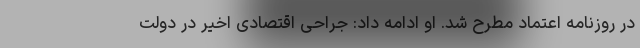
در روزنامه اعتماد مطرح شد. او ادامه داد: جراحی اقتصادی اخیر در دولت